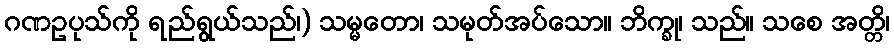
ဂဏဥပုသ်ကို ရည်ရွယ်သည်၊) သမ္မတော၊ သမုတ်အပ်သော။ ဘိက္ခု၊ သည်။ သစေ အတ္တိ၊